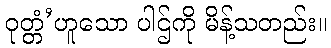
ဝုတ္တံ’ဟူသော ပါဌ်ကို မိန့်သတည်း။